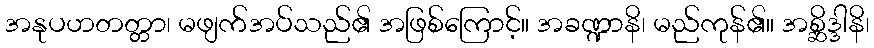
အနုပဟတတ္တာ၊ မဖျက်အပ်သည်၏ အဖြစ်ကြောင့်။ အခဏ္ဍာနိ၊ မည်ကုန်၏။ အစ္ဆိဒ္ဒါနိ၊